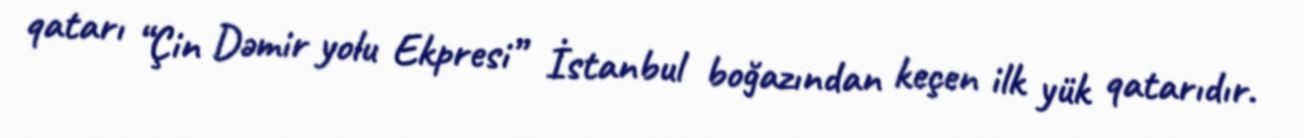
qatarı “Çin Dəmir yolu Ekpresi” İstanbul boğazından keçen ilk yük qatarıdır.